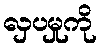
လှပမှုကို